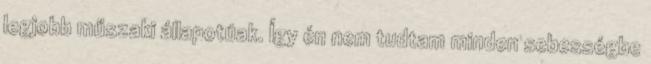
legjobb műszaki állapotúak. Így én nem tudtam minden sebességbe